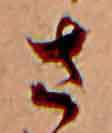
さ